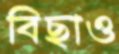
বিছাও